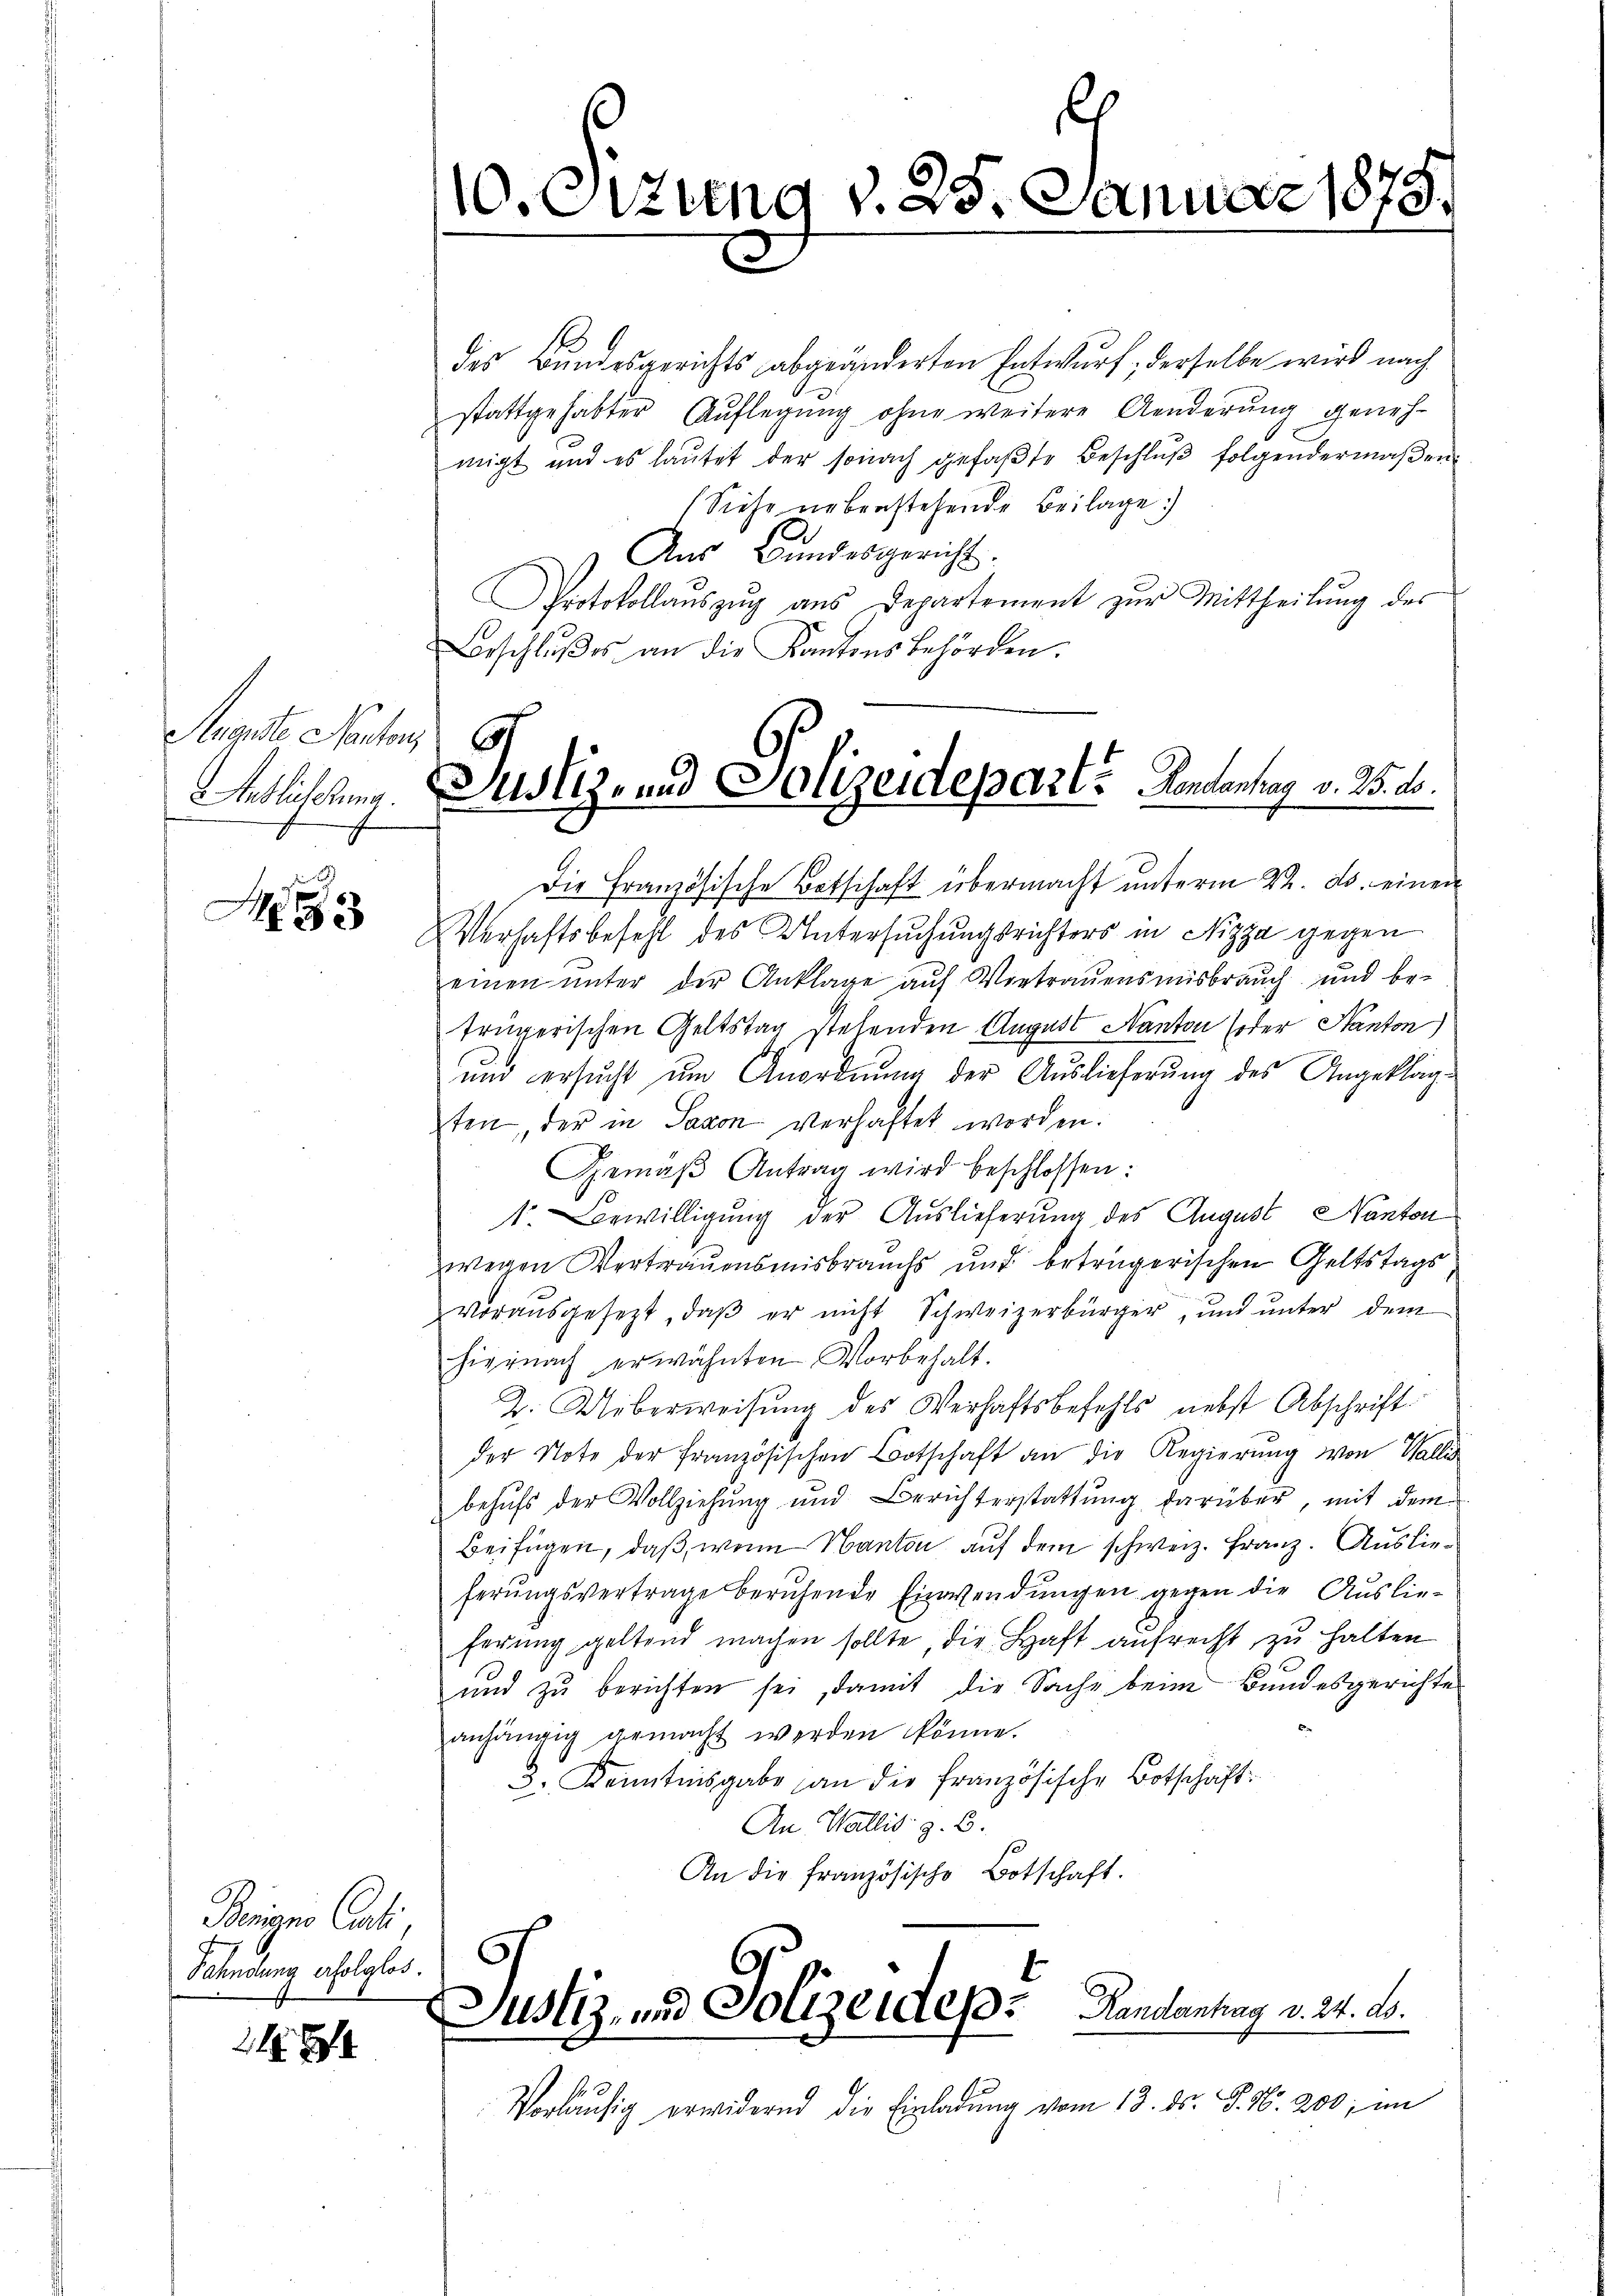
Arandte Nanton,
Auslieferung.

M

Beigne Cauti,
Fahndung erfolglos.

212

des Bundesgerichts abgeänderten Entwurf, derselbe wird nach
stattgehabter Auflegung ohne weitere Aenderung genehmigt und es lautet der sonach gefaßte Beschluß folgendermaßen
(Siehe nebenstehende Beilage
Aŭs Bŭndesgericht.
Protokollauszug aus Departement zur Mittheilung des
Beschlŭβes an die Kantonsbehörden.
Die Französische Botschaft übermacht unterm 22. ds. einen
Verhaftsbefehl des Untersuchungsrichters in Nizza gegen
einen unter der Anklage auf Vertrauensmisbrauch und be-
trägerischen Geltstag stehenden August Nanton oder Kanton)
und ersucht um Anordnung der Auslieferung des Angeklagten der in Saxon verhaftet worden.
Gemäβ Antrag wird beschlossen:
1. Bewilligung der Auslieferung des August Nanton
wegen Vertrauensmisbrauchs und beträgerischen Geltstags
vorausgesezt, daβ er nicht Schweizerbürger, und ŭnter dem
hiernach erwähnten Vorbehalt.
2. Ueberweisung des Verhaftsbefehls nebst Abschrift
der Note der französischen Botschaft an die Regierung von Wallis
behufs der Vollziehung und Berichterstattung darüber, mit dem
Beifügen, daß, wenn Kanton auf dem schweiz. Franz. Auslieferungsvertrage beruhende Einwendungen gegen die Auslieferung geltend machen sollte die Haft aufrecht zu halten
und zu berichten sei, damit die Sache beim Bundesgerichte
anhängig gemacht werden könne.
3. Kenntnisgabe an die französische Botschaft:
An Wallis z. B.
An die französische Botschaft.
Justiz- und Polizeides Handleihung v. 24. No.
e
Vorläŭfig erwidernd die Einladung vom 13. ds. P. Nr. 200, im

.
10. Ottung v. 25. Januar 1873.

Justiz- und Polizeideparte Koncentrag v. 25. ds.